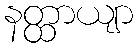
နတ္ထာယျာ